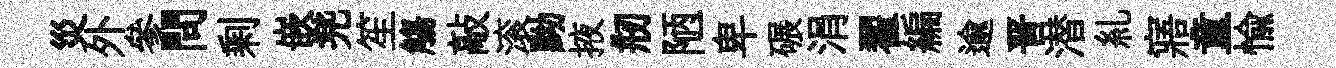
災外參問剩嵌兠笙觴敲滚黝掖剏陋卑碾涓翟編逾晋潜糺寤童愉